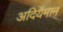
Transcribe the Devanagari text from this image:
अदियैमान